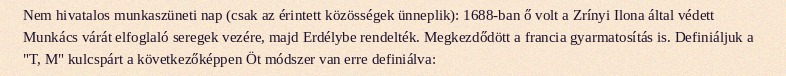
Nem hivatalos munkaszüneti nap (csak az érintett közösségek ünneplik): 1688-ban ő volt a Zrínyi Ilona által védett Munkács várát elfoglaló seregek vezére, majd Erdélybe rendelték. Megkezdődött a francia gyarmatosítás is. Definiáljuk a "T, M" kulcspárt a következőképpen Öt módszer van erre definiálva: